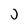
Character: J